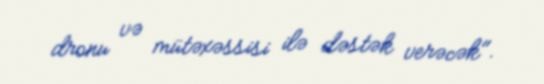
dronu və mütəxəssisi ilə dəstək verəcək".